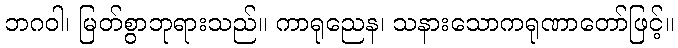
ဘဂဝါ၊ မြတ်စွာဘုရားသည်။ ကာရုညေန၊ သနားသောကရုဏာတော်ဖြင့်။